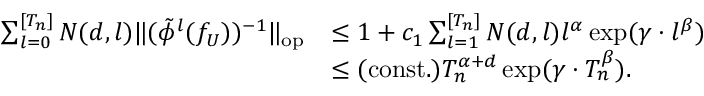
\begin{array} { r l } { \sum _ { l = 0 } ^ { [ T _ { n } ] } N ( d , l ) \| ( \tilde { \phi } ^ { l } ( f _ { U } ) ) ^ { - 1 } \| _ { \mathrm { { o p } } } } & { \leq 1 + c _ { 1 } \sum _ { l = 1 } ^ { [ T _ { n } ] } N ( d , l ) l ^ { \alpha } \exp ( \gamma \cdot l ^ { \beta } ) } \\ & { \leq \mathrm { ( c o n s t . ) } T _ { n } ^ { \alpha + d } \exp ( \gamma \cdot T _ { n } ^ { \beta } ) . } \end{array}